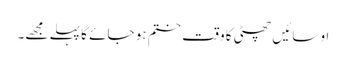
او سائیں چھٹی کا وقت ختم ہو جائے گا پہلے مجھے۔